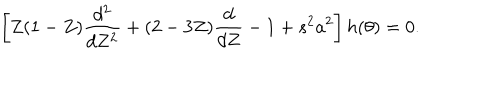
LaTeX: \left[ Z ( 1 - Z ) \frac { d ^ { 2 } } { d Z ^ { 2 } } + ( 2 - 3 Z ) \frac { d } { d Z } - 1 + s ^ { 2 } a ^ { 2 } \right] h ( \theta ) = 0 .